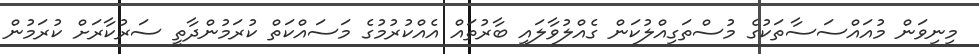
މިނިވަން މުއައްސަސާތަކުގެ މުސްތަގިއްލުކަން ގެއްލުވާލައި ބާރުތައް އެއްކުރުމުގެ މަސައްކަތް ކުރަމުންދާތީ ސަރުކާރަށް ކުރަމުން